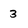
Character: 3